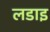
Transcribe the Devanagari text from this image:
लडाइ